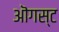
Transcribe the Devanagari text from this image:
ऒगस्ट